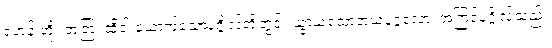
ရဟန်းတို့။ တတြ၊ ထိုငါးယောက်သောပုဂ္ဂိုလ်တို့တွင်။ ယွာယံသောအယံပုဂ္ဂလော၊ အကြင်ပုဂ္ဂိုလ်သည်။